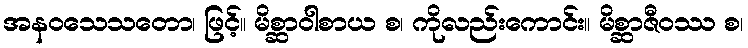
အနဝသေသတော၊ ဖြင့်။ မိစ္ဆာဝါစာယ စ၊ ကိုလည်းကောင်း။ မိစ္ဆာဇီဝဿ စ၊